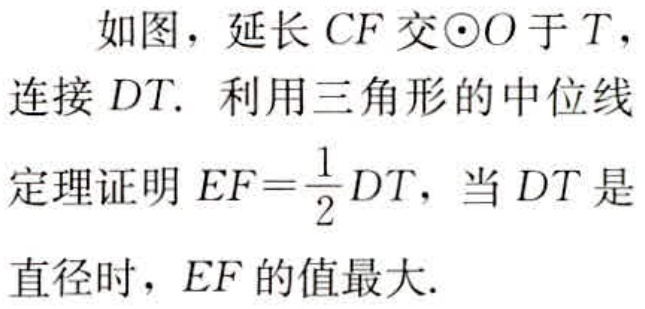
如图，延长 \(CF\) 交\(\odot O\)于 \(T\)，连接 \(DT\). 利用三角形的中位线定理证明 \(EF = \frac{1}{2}DT\)，当 \(DT\) 是直径时，\(EF\) 的值最大.